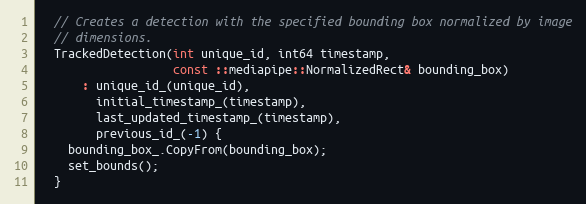
Language: C
  // Creates a detection with the specified bounding box normalized by image
  // dimensions.
  TrackedDetection(int unique_id, int64 timestamp,
                   const ::mediapipe::NormalizedRect& bounding_box)
      : unique_id_(unique_id),
        initial_timestamp_(timestamp),
        last_updated_timestamp_(timestamp),
        previous_id_(-1) {
    bounding_box_.CopyFrom(bounding_box);
    set_bounds();
  }